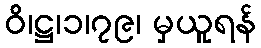
ဝိ၊ဋ္ဌ၊၁၊၇၉၊ မှယူရန်